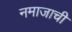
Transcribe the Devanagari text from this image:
नमाजाची